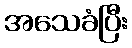
အသေခံပြီး